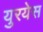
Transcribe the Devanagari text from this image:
युरयेस